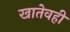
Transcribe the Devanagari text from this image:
खातेवही